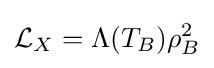
{\mathcal {L}}_{X}=\Lambda (T_{B})\rho _{B}^{2}